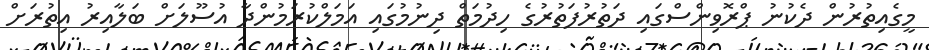
މީގެއިތުރުން ދެކުނު ޕްރޮވިންސްގައި ދަތުރުފަތުރުގެ ހިދުމަތް ދިނުމުގައި އަމަލްކުރަމުންދާ އުސޫލަށް ބަލާއިރު އިތުރަށް